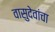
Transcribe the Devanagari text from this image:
वासुदेवांचा